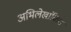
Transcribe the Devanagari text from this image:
अभिलेखांकित